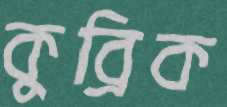
কুব্রিক